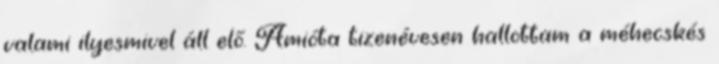
valami ilyesmivel áll elő. Amióta tizenévesen hallottam a méhecskés